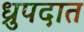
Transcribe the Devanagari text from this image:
ध्रुपदात